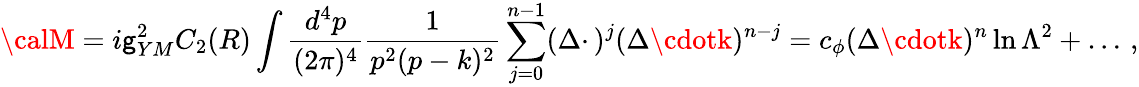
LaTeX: {\calM}=i\mathsf{g}_{YM}^{2}C_{2}(R)\int{\frac{{d^{4}p}}{{(2\pi)^{4}}}}{\frac{{1}}{{p^{2}(p-k)^{2}}}}\sum_{j=0}^{n-1}(\Delta\cdotp)^{j}(\Delta\cdotk)^{n-j}=c_{\phi}(\Delta\cdotk)^{n}\ln\Lambda^{2}+\ldots\, ,